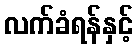
လက်ခံရန်နှင့်